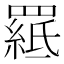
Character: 𦌅